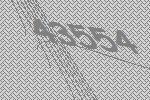
43554